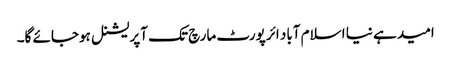
امید ہے نیا اسلام آباد ائرپورٹ مارچ تک آپریشنل ہوجائے گا۔